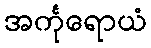
အင်္ကုရောယံ